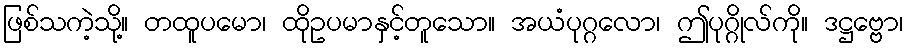
ဖြစ်သကဲ့သို့။ တထူပမော၊ ထိုဥပမာနှင့်တူသော။ အယံပုဂ္ဂလော၊ ဤပုဂ္ဂိုလ်ကို။ ဒဋ္ဌဗ္ဗော၊